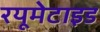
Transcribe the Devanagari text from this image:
रयूमेटाइड